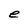
Character: e